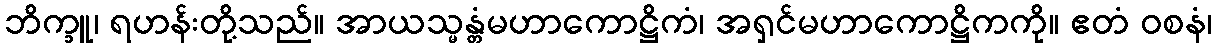
ဘိက္ခူ၊ ရဟန်းတို့သည်။ အာယသ္မန္တံမဟာကောဋ္ဌိကံ၊ အရှင်မဟာကောဋ္ဌိကကို။ ဧတံ ဝစနံ၊